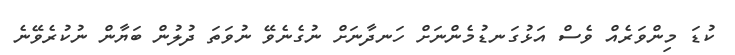
ކުޑަ މިންވަރެއް ވެސް އަޅުގަނޑުމެންނަށް ހަނދާނަށް ނުގެނެވޭ ނުވަތަ ދުލުން ބަޔާން ނުކުރެވޭނެ